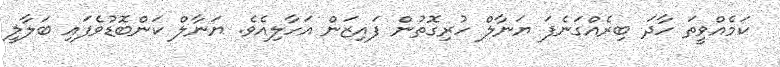
ކަމެއްވީތަ ހާދަ ބިރެއްގަނެފަ ޔަނާލް ހުރިގޮތުން ފައިޒަން އަހާލިއެވެ. ޔަނާލް ކަންބޮޑުވެފައި ބަލާލީ